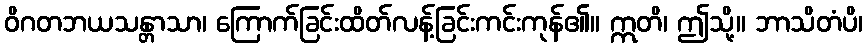
ဝိဂတဘယသန္တာသာ၊ ကြောက်ခြင်းထိတ်လန့်ခြင်းကင်းကုန်၏။ ဣတိ၊ ဤသို့။ ဘာသိတံပိ၊